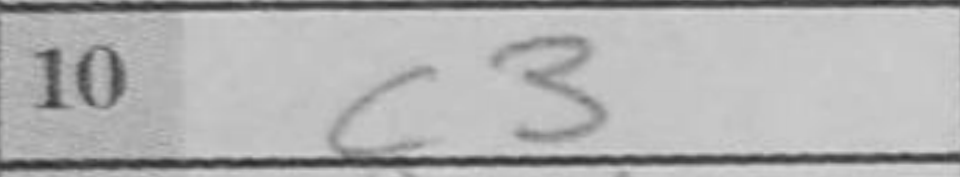
Transcription: c3